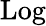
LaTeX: \operatorname{Log}